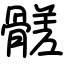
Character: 髊